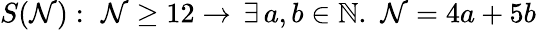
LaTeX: S(\mathcal{N}):\, \, \mathcal{N}\geq12\to\, \exists\, a,b\in\mathbb{{N}}.\, \, \mathcal{N}=4a+5b